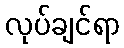
လုပ်ချင်ရာ